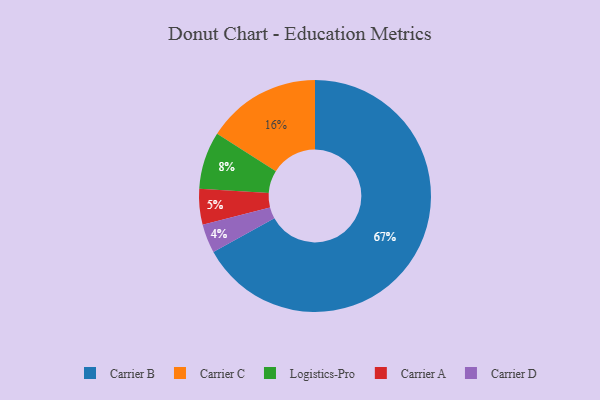
{"axis": {"x": "Category", "y": "Percentage"}, "legend": ["Carrier A", "Carrier B", "Carrier C", "Carrier D", "Logistics-Pro"], "data": [{"x": "Carrier C", "y": 16, "type": "Carrier C"}, {"x": "Carrier A", "y": 5, "type": "Carrier A"}, {"x": "Carrier D", "y": 4, "type": "Carrier D"}, {"x": "Logistics-Pro", "y": 8, "type": "Logistics-Pro"}, {"x": "Carrier B", "y": 67, "type": "Carrier B"}]}